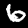
Label: 6